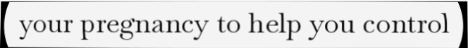
your pregnancy to help you control